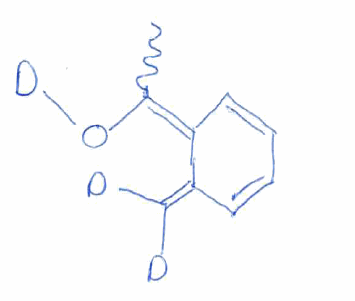
Simplified molecular-input line-entry system (SMILES) notation of the given molecule:
[2H]C(=C\1C=CC=C/C1=C(/C)\O[2H])[2H]